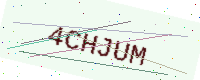
Text: 4CHJUM